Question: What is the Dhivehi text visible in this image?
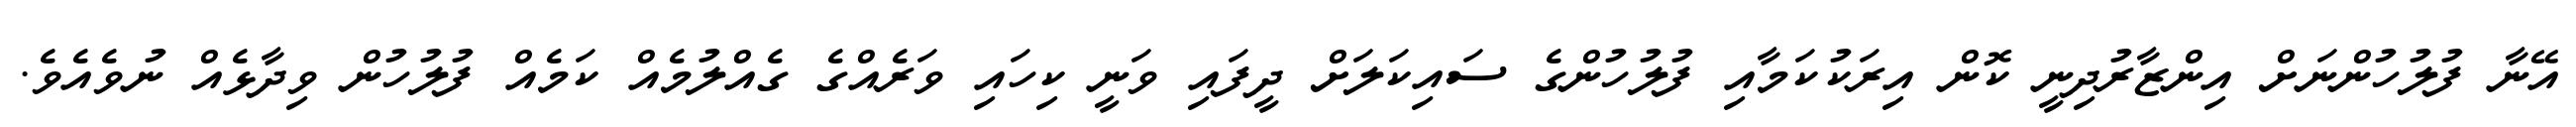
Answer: އޭނާ ފުލުހުންނަށް އިންޒާރުދިނީ ކޮން އިރަކުކަމާއި ފުލުހުންގެ ސައިކަލަށް ދީފައި ވަނީ ކިހައި ވަރެއްގެ ގެއްލުމެއް ކަމެއް ފުލުހުން ވިދާޅެއް ނުވެއެވެ.